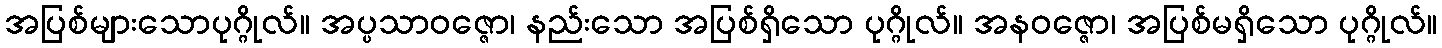
အပြစ်များသောပုဂ္ဂိုလ်။ အပ္ပသာဝဇ္ဇော၊ နည်းသော အပြစ်ရှိသော ပုဂ္ဂိုလ်။ အနဝဇ္ဇော၊ အပြစ်မရှိသော ပုဂ္ဂိုလ်။